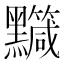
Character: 𪒹